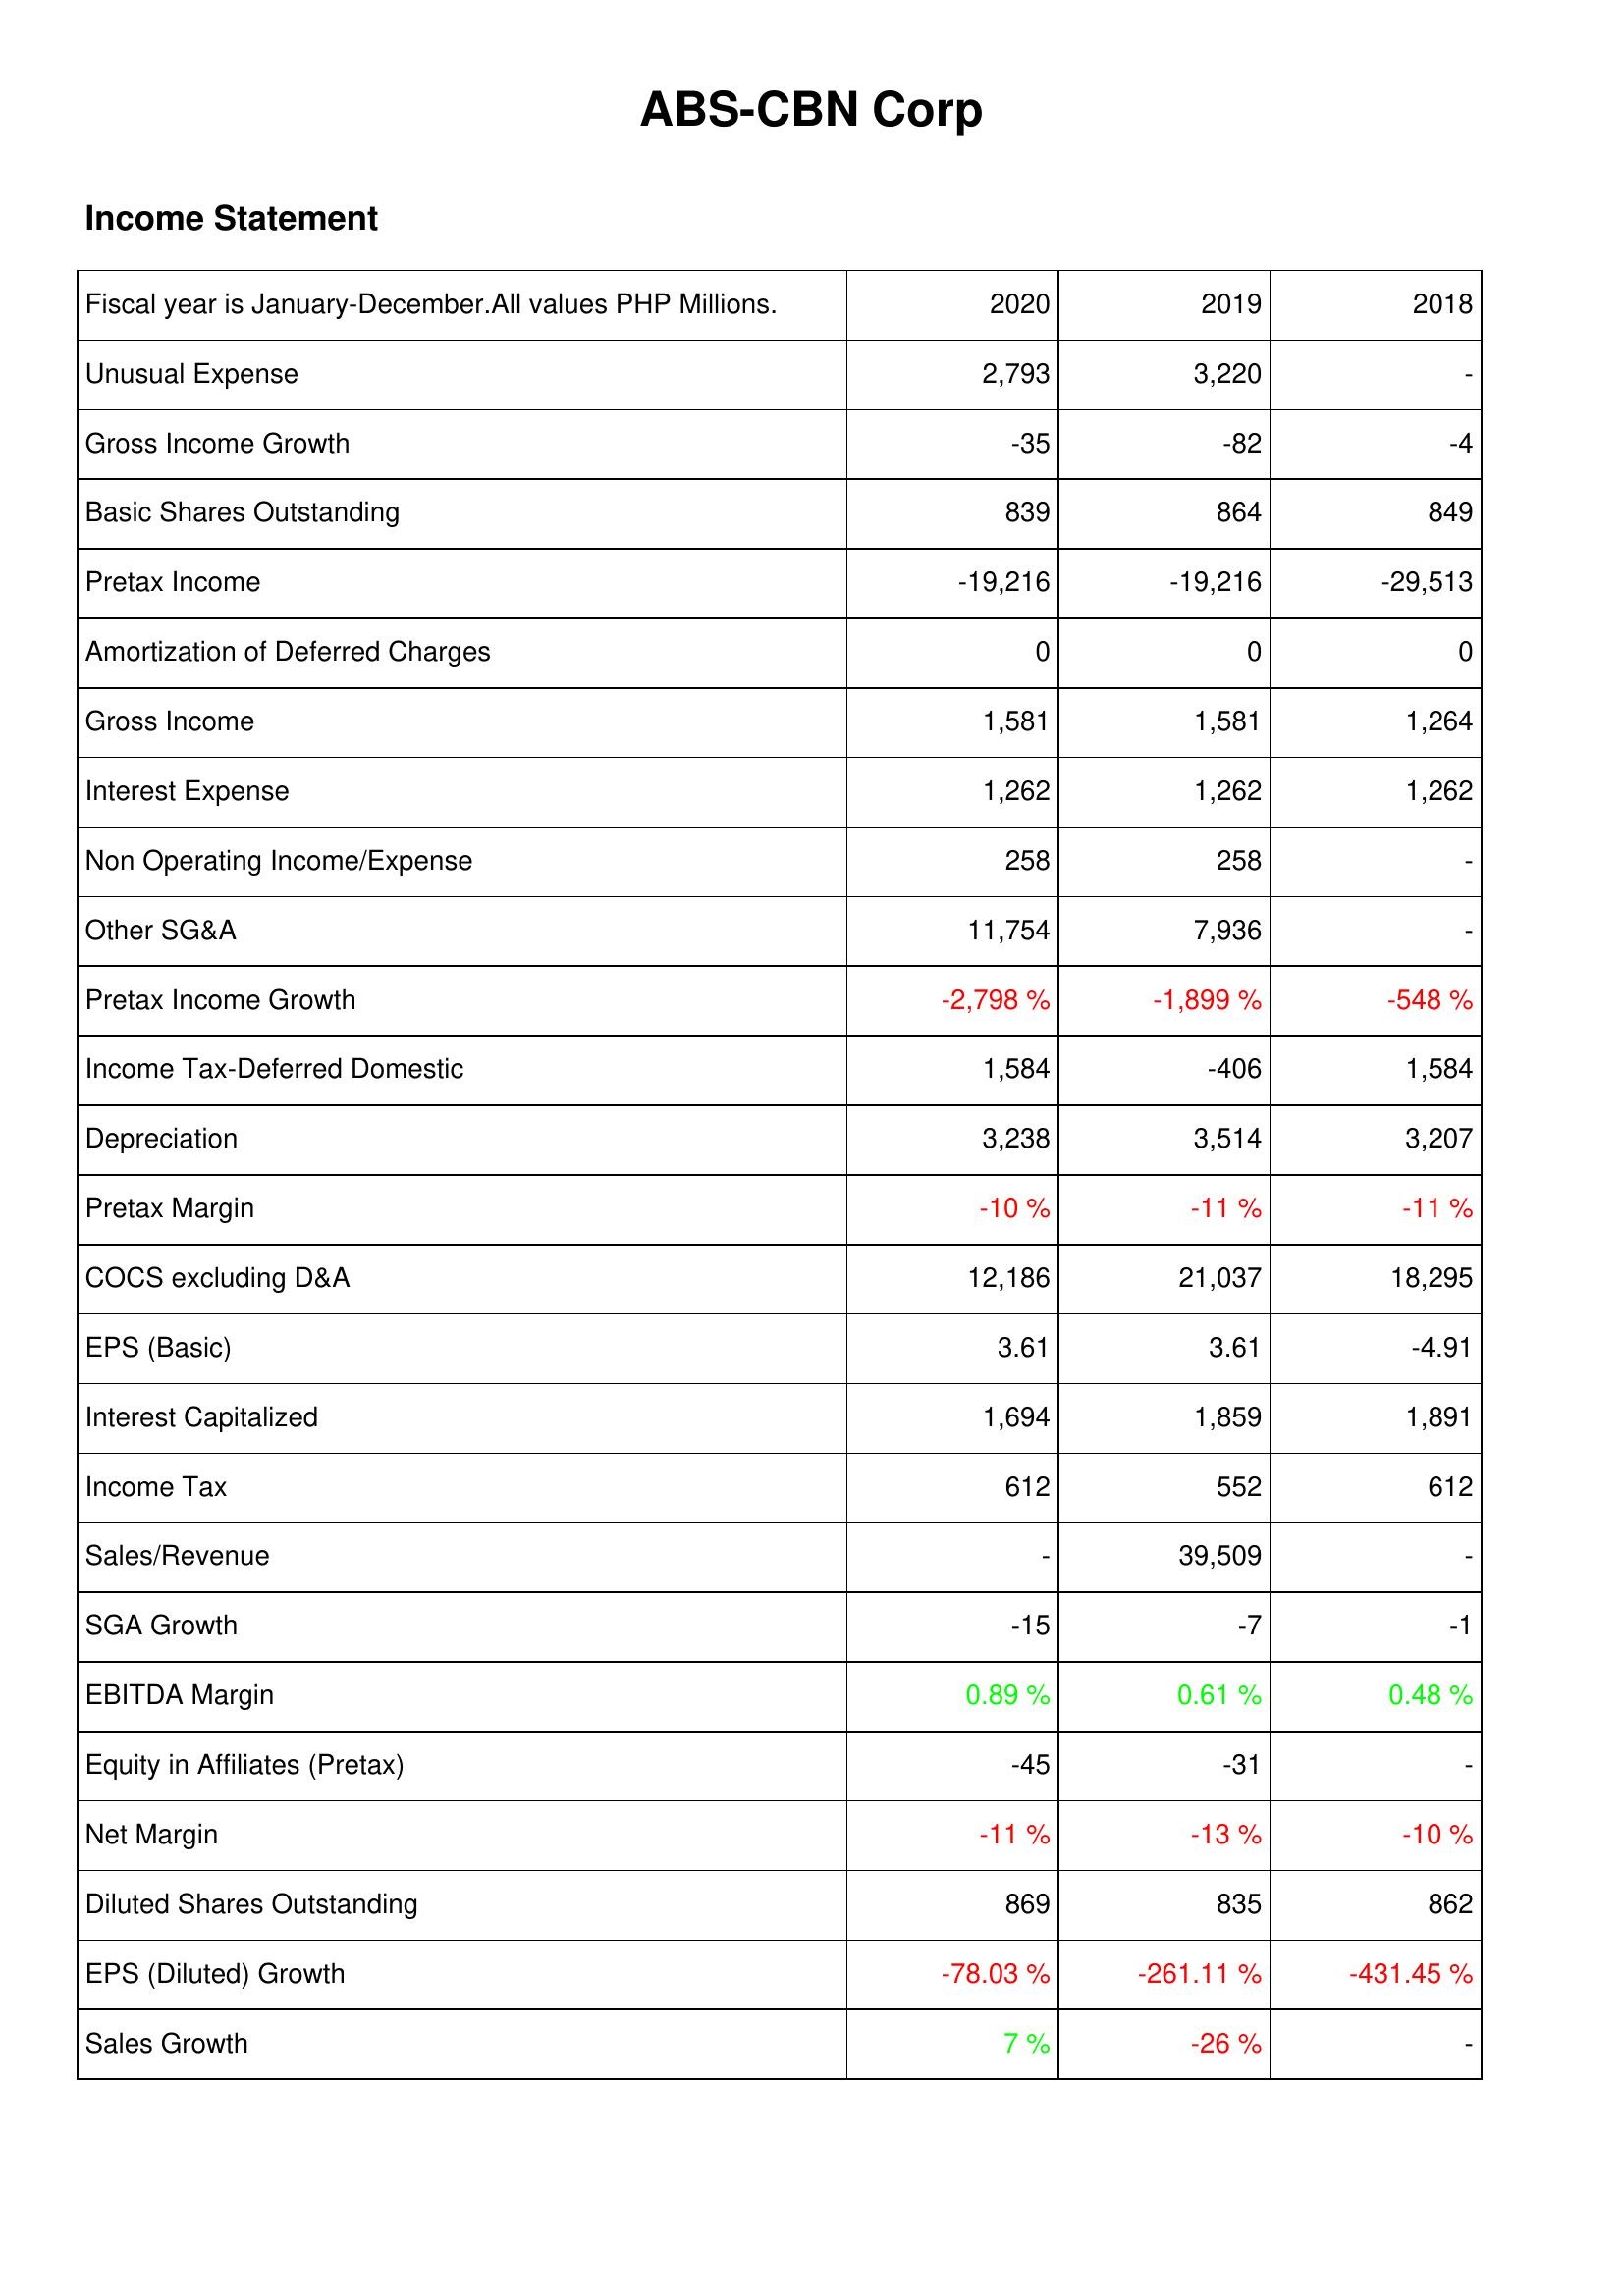
2020: Income Statement: Unusual Expense: 2,793
Gross Income Growth: -35
Basic Shares Outstanding: 839
Pretax Income: -19,216
Amortization of Deferred Charges: 0
Gross Income: 1,581
Interest Expense: 1,262
Non Operating Income/Expense: 258
Other SG&A: 11,754
Pretax Income Growth: -2,798 %
Income Tax-Deferred Domestic: 1,584
Depreciation: 3,238
Pretax Margin: -10 %
COCS excluding D&A: 12,186
EPS (Basic): 3.61
Interest Capitalized: 1,694
Income Tax: 612
Sales/Revenue: -
SGA Growth: -15
EBITDA Margin: 0.89 %
Equity in Affiliates (Pretax): -45
Net Margin: -11 %
Diluted Shares Outstanding: 869
EPS (Diluted) Growth: -78.03 %
Sales Growth: 7 %
2019: Income Statement: Unusual Expense: 3,220
Gross Income Growth: -82
Basic Shares Outstanding: 864
Pretax Income: -19,216
Amortization of Deferred Charges: 0
Gross Income: 1,581
Interest Expense: 1,262
Non Operating Income/Expense: 258
Other SG&A: 7,936
Pretax Income Growth: -1,899 %
Income Tax-Deferred Domestic: -406
Depreciation: 3,514
Pretax Margin: -11 %
COCS excluding D&A: 21,037
EPS (Basic): 3.61
Interest Capitalized: 1,859
Income Tax: 552
Sales/Revenue: 39,509
SGA Growth: -7
EBITDA Margin: 0.61 %
Equity in Affiliates (Pretax): -31
Net Margin: -13 %
Diluted Shares Outstanding: 835
EPS (Diluted) Growth: -261.11 %
Sales Growth: -26 %
2018: Income Statement: Unusual Expense: -
Gross Income Growth: -4
Basic Shares Outstanding: 849
Pretax Income: -29,513
Amortization of Deferred Charges: 0
Gross Income: 1,264
Interest Expense: 1,262
Non Operating Income/Expense: -
Other SG&A: -
Pretax Income Growth: -548 %
Income Tax-Deferred Domestic: 1,584
Depreciation: 3,207
Pretax Margin: -11 %
COCS excluding D&A: 18,295
EPS (Basic): -4.91
Interest Capitalized: 1,891
Income Tax: 612
Sales/Revenue: -
SGA Growth: -1
EBITDA Margin: 0.48 %
Equity in Affiliates (Pretax): -
Net Margin: -10 %
Diluted Shares Outstanding: 862
EPS (Diluted) Growth: -431.45 %
Sales Growth: -